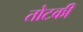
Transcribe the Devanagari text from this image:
तोटकी